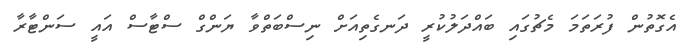
އެގޮތުން ފުރަތަމަ މެޗުގައި ބައްދަލުކުރީ ދަނގެތިއަށް ނިސްބަތްވާ ޔަންގް ސްޓާސް އައީ ސަންޓާރާ